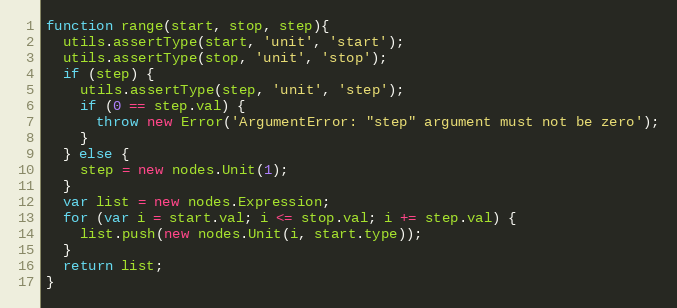
Language: JavaScript
function range(start, stop, step){
  utils.assertType(start, 'unit', 'start');
  utils.assertType(stop, 'unit', 'stop');
  if (step) {
    utils.assertType(step, 'unit', 'step');
    if (0 == step.val) {
      throw new Error('ArgumentError: "step" argument must not be zero');
    }
  } else {
    step = new nodes.Unit(1);
  }
  var list = new nodes.Expression;
  for (var i = start.val; i <= stop.val; i += step.val) {
    list.push(new nodes.Unit(i, start.type));
  }
  return list;
}